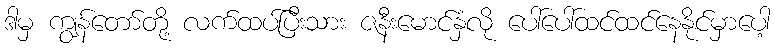
ဒါမှ ကျွန်တော်တို့ လက်ထပ်ပြီးသား ဇနီးမောင်နှံလို ပေါ်ပေါ်ထင်ထင်နေနိုင်မှာပေါ့